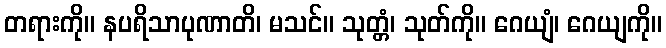
တရားကို။ နပရိသာပုဏာတိ၊ မသင်။ သုတ္တံ၊ သုတ်ကို။ ဂေယျံ၊ ဂေယျကို။